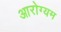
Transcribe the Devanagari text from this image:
आरोग्यम